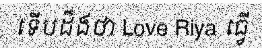
ទើបដឹងថា Love Riya ធ្វើ